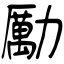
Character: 勵